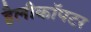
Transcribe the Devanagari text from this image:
हैलीकाॅपटर